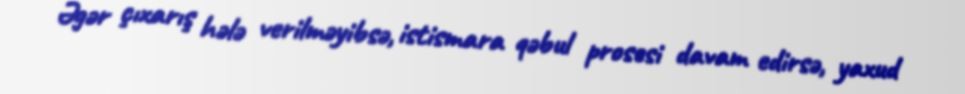
Əgər çıxarış hələ verilməyibsə, istismara qəbul prosesi davam edirsə, yaxud